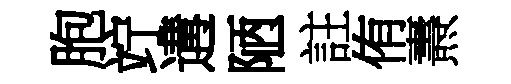
胞竚遘陋註侑燾